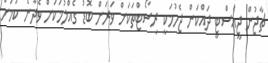
ޗާޖުން ޖީއެސްޓީ ދައްކަން ޖެހުމަކީ ރިސޯޓްތަކަށް ވަރަށް ބޮޑު ގެއްލުމަކަށް ވެދާނެ ކަމަށް